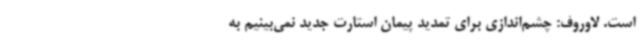
است. لاوروف: چشم‌اندازی برای تمدید پیمان استارت جدید نمی‌بینیم به